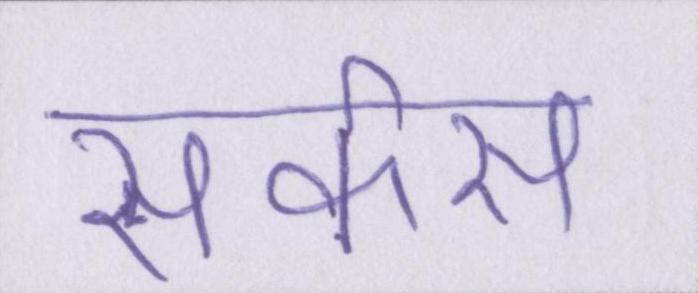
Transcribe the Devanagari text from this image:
सर्कस